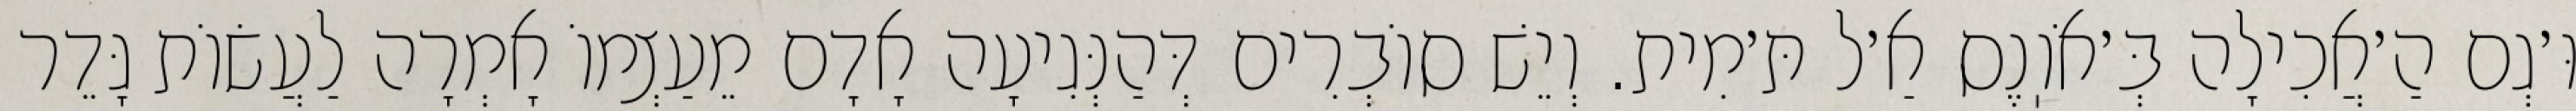
וּ׳גְם הַ׳אֲכִילָה בְּ׳אֹוֽנֶס אַ׳ל תּ׳מִית. וְיֵשׁ סוֹבְרִים דְּהַנְּגִיעָה אָדָם מֵעַצְמוֹ אָמְרָה לַעֲשׂוֹת גָּדֵר